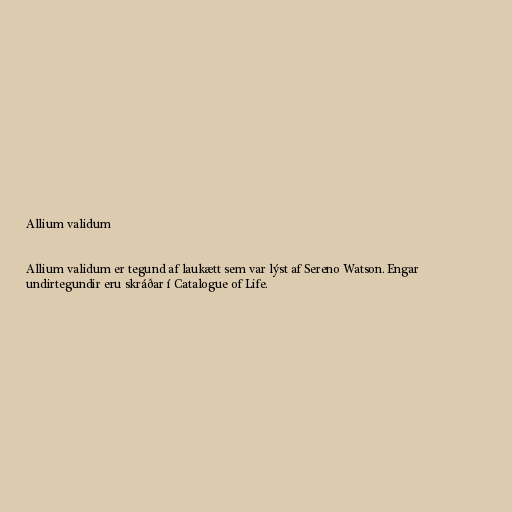
Allium validum

Allium validum er tegund af laukætt sem var lýst af Sereno Watson. Engar
undirtegundir eru skráðar í Catalogue of Life.